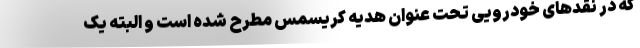
که در نقدهای خودرویی تحت عنوان هدیه کریسمس مطرح شده است و البته یک